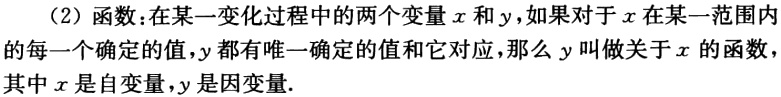
（2）函数：在某一变化过程中的两个变量\(x\)和\(y\)，如果对于\(x\)在某一范围内的每一个确定的值，\(y\)都有唯一确定的值和它对应，那么\(y\)叫做关于\(x\)的函数，其中\(x\)是自变量，\(y\)是因变量.